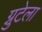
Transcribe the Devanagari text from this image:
ग्नुटेला